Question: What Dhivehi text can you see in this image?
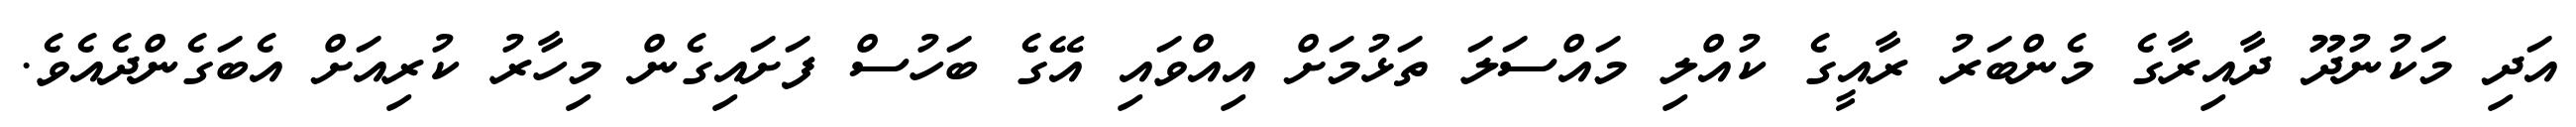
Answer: އަދި މަކުނުދޫ ދާއިރާގެ މެންބަރު ރާއީގެ ކުއްލި މައްސަލަ ތަޅުމަށް އިއްވައި އޭގެ ބަހުސް ފަށައިގެން މިހާރު ކުރިއަށް އެބަގެންދެއެވެ.